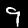
Label: 9